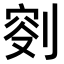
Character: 𠝠